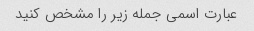
عبارت اسمی جمله زیر را مشخص کنید